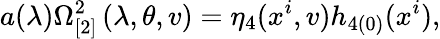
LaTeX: a(\lambda)\Omega_{\lbrack 2]}^{2}\left(\lambda,\theta,v\right)=\eta_{4}(x^{i},v)h_{4(0)}(x^{i}),